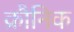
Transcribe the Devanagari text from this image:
क्रौनिक